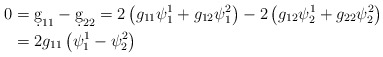
\begin{align*}0&=\d g_{11}-\d g_{22}=2\left(g_{11}\psi^1_1+g_{12}\psi^2_1\right)-2\left(g_{12}\psi^1_2+g_{22}\psi^2_2\right)\\&=2g_{11}\left(\psi^1_1-\psi^2_2\right)\end{align*}